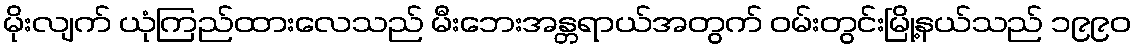
မိုးလျက် ယုံကြည်ထားလေသည် မီးဘေးအန္တရာယ်အတွက် ဝမ်းတွင်းမြို့နယ်သည် ၁၉၉၀